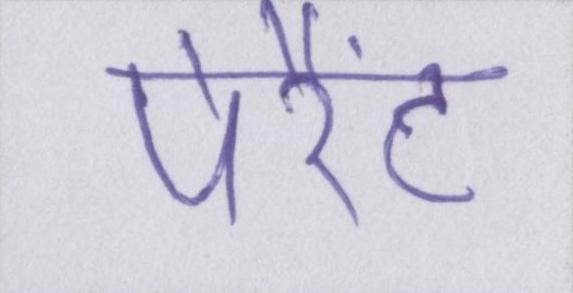
पेरैंट